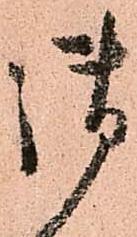
御